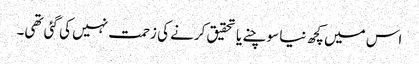
اس میں کچھ نیا سوچنے یا تحقیق کرنے کی زحمت نہیں کی گئی تھی۔